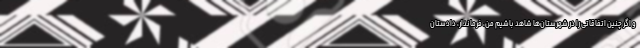
و اگر چنین اتفاقاتی را در شهرستان‌ها شاهد باشیم من، فرماندار، دادستان